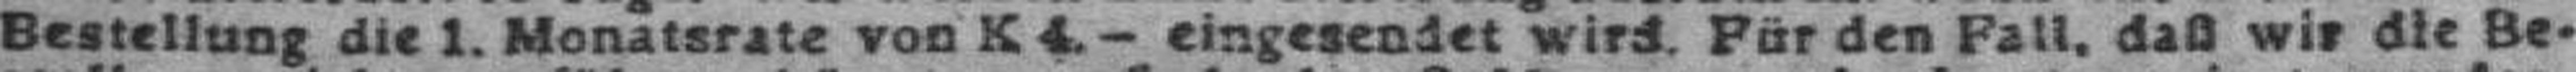
Bestellung die 1. Monatsrate von K4.— eingesendet wird. Für den Fall, daß wir die Be¬